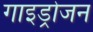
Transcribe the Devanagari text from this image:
गाइड्रोजन